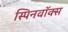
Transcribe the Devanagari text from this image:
स्पिनवॉक्स